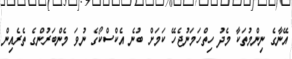
އޭނާގެ ނިންމުތަކާ މެދު ހިތްހަމަނުޖެހޭ ކަމަށް ބުނެ އެކްސްކޯގެ ނުވަ މެންބަރުންގެ ތެރެއިން